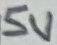
Text: 5V